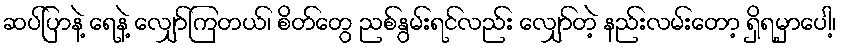
ဆပ်ပြာနဲ့ ရေနဲ့ လျှော်ကြတယ်၊ စိတ်တွေ ညစ်နွမ်းရင်လည်း လျှော်တဲ့ နည်းလမ်းတော့ ရှိရမှာပေါ့၊